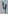
Text: 4